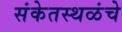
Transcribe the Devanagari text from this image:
संकेतस्थळंचे